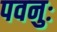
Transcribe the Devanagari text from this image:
पवनुः